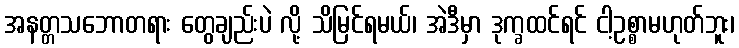
အနတ္တသဘောတရား တွေချည်းပဲ လို့ သိမြင်ရမယ်၊ အဲဒီမှာ ဒုက္ခထင်ရင် ငါ့ဥစ္စာမဟုတ်ဘူး၊